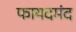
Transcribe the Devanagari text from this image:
फायदमंद